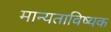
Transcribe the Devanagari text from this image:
मान्यताविष्यक